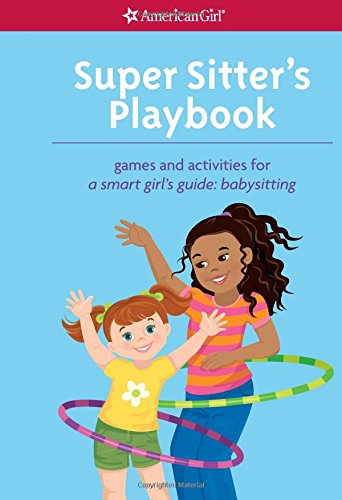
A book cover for Super Sitter's Playbook: Games and Activities for A Smart Girl's Guide: Babysitting (American Girl); Aubre Andrus; Children's Books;